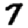
Digit: 7